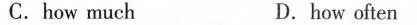
C.how much D.how often